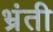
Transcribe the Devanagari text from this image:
भ्रंती